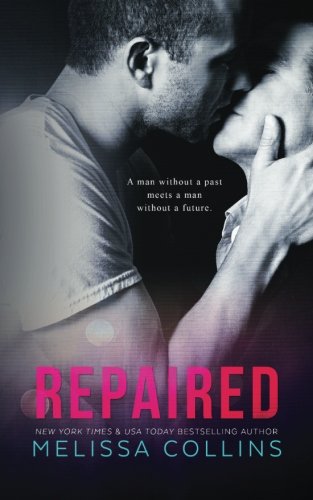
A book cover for Repaired; Melissa Collins; Romance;